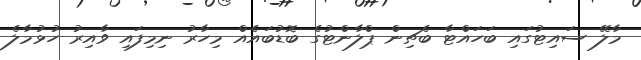
މާލޭ ސައިޓުގައި ބަހައްޓާ ބެޗިން ޕްލާންޓުގެ ބޮޑުބައެއް މިހާރު ނިމިފައި ވާއިރު ހުޅުމާލެ